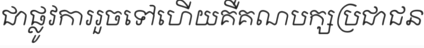
ជាផ្លូវការរួចទៅហើយគឺគណបក្សប្រជាជន